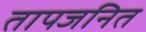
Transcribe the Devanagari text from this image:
तापजनित